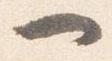
一